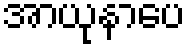
အာယုနာပေ